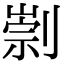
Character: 㓽